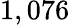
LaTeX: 1,076